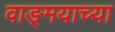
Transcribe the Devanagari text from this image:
वाङ्‍मयाच्या